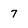
Character: 7